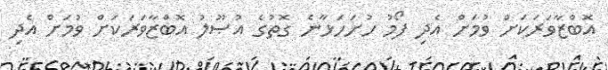
އޮބްޒާވަރަކަށް ވުމަށް އެދި ފޯމު ހުށަހަޅާނެ ގޮތުގެ އުޞޫލު އޮބްޒާވަރަކަށް ވުމަށް އެދި